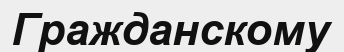
Гражданскому